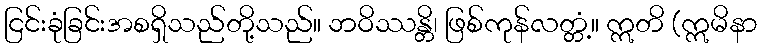
ငြင်းခုံခြင်းအစရှိသည်တို့သည်။ ဘဝိဿန္တိ၊ ဖြစ်ကုန်လတ္တံ့။ ဣတိ (ဣမိနာ